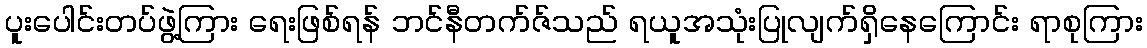
ပူးပေါင်းတပ်ဖွဲ့ကြား ရေးဖြစ်ရန် ဘင်နီတက်ဇ်သည် ရယူအသုံးပြုလျက်ရှိနေကြောင်း ရာစုကြား